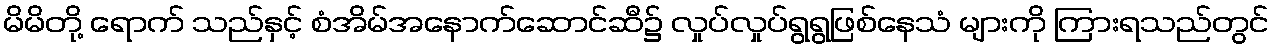
မိမိတို့ ရောက် သည်နှင့် စံအိမ်အနောက်ဆောင်ဆီ၌ လှုပ်လှုပ်ရွရွဖြစ်နေသံ များကို ကြားရသည်တွင်